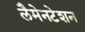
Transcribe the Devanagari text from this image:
लैमेनटेशन